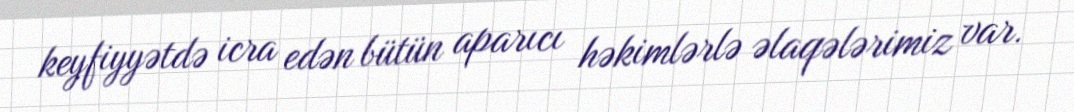
keyfiyyətdə icra edən bütün aparıcı həkimlərlə əlaqələrimiz var.